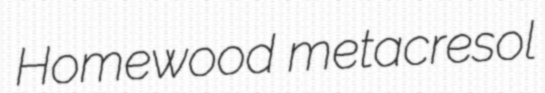
Homewood metacresol